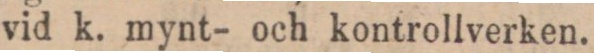
vid k. mynt- och kontrollverken.